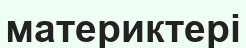
материктері